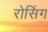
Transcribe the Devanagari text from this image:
रोसिंग